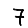
Digit: 7